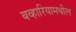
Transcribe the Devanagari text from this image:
बव्हारियामधील